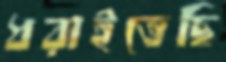
ধরাইতেছি